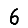
Digit: 6